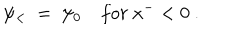
\psi _ { < } ~ = ~ \psi _ { 0 } ~ f o r ~ x ^ { - } < 0 ~ .